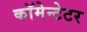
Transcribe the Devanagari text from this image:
कॉमेन्टेटर